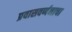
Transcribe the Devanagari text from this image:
प्रवासवर्णनाचा